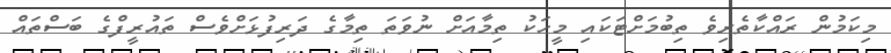
މިކަމުން ރައްކާތެރިވެ ތިބުމަށްޓަކައި މީހަކު ތިމާއަށް ނުވަތަ ތިމާގެ ދަރިފުޅަށްވެސް ތައުރީފްގެ ބަސްތައް